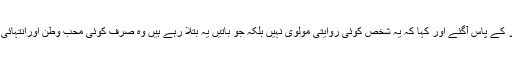
اس کے بعد وہ کیسٹ لے کر اُس ورکر کے پاس آگئے اور کہا کہ یہ شخص کوئی روایتی مولوی نہیں بلکہ جو باتیں یہ بتلا رہے ہیں وہ صرف کوئی محب وطن اورانتہائی عالم فاضل شخصیت ہی کہ سکتی ہے۔